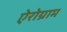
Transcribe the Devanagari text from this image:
ऐरोग्राम